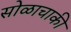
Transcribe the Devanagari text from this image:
सोळाचाकी